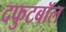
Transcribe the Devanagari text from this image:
दफुटबॉल